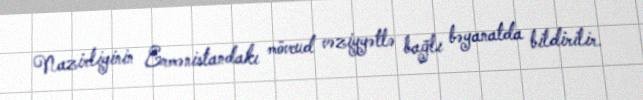
Nazirliyinin Ermənistandakı mövcud vəziyyətlə bağlı bəyanatda bildirilir.